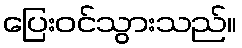
ပြေးဝင်သွားသည်။